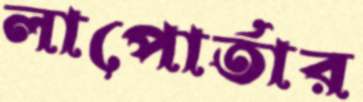
লাপোর্তার